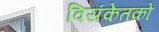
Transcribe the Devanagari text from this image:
विसंकेतकों